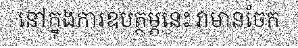
នៅក្នុងការឧបត្ថម្ភនេះ វាមានចែក